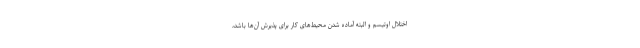
اختلال اوتیسم و البته آماده شدن محیط‌های کار برای پذیرش آن‌ها باشد،